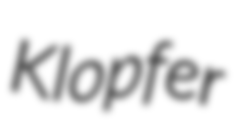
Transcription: Klopfer